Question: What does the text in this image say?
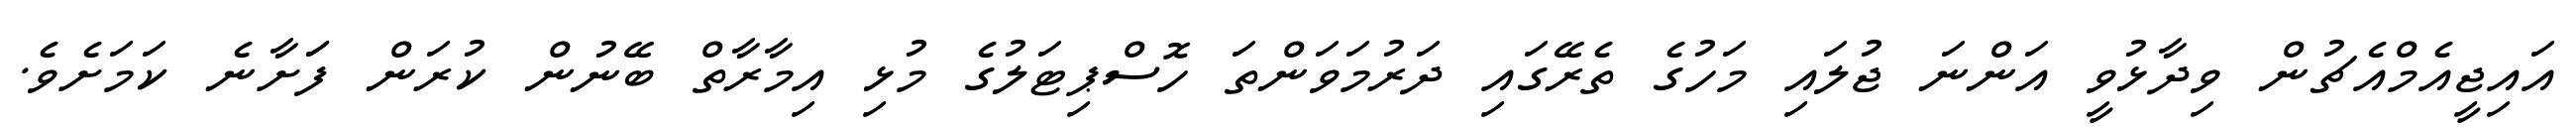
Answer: އައިޖީއެމްއެޗުން ވިދާޅުވީ އަންނަ ޖުލައި މަހުގެ ތެރޭގައި ދަރުމަވަންތަ ހޮސްޕިޓަލުގެ މުޅި އިމާރާތް ބޭނުން ކުރަން ފަަށާނެ ކަމަށެވެ.